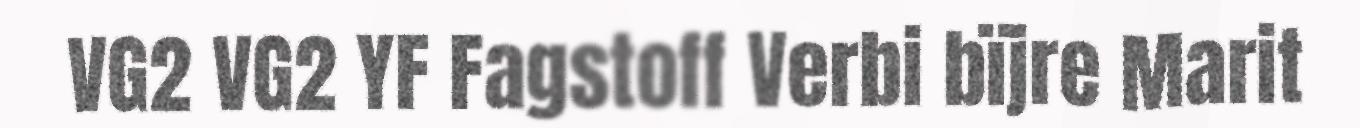
VG2 VG2 YF Fagstoff Verbi bïjre Marit